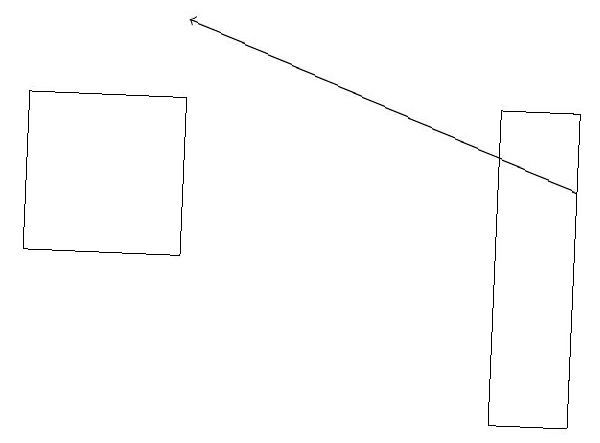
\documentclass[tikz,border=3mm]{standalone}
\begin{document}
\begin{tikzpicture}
\draw (8,17) rectangle (9,13);
\draw (4,17) rectangle (2,15);
\draw[->] (9,16) -- (4,18);
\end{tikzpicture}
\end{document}